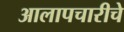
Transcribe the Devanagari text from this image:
आलापचारीचे